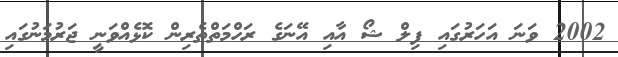
2002 ވަނަ އަހަރުގައި ފިލް ޝޯ އާއި އޭނަގެ ރަހްމަތްތެރިން ކޮޅެއްވަނީ ޖަރުމަނުގައި